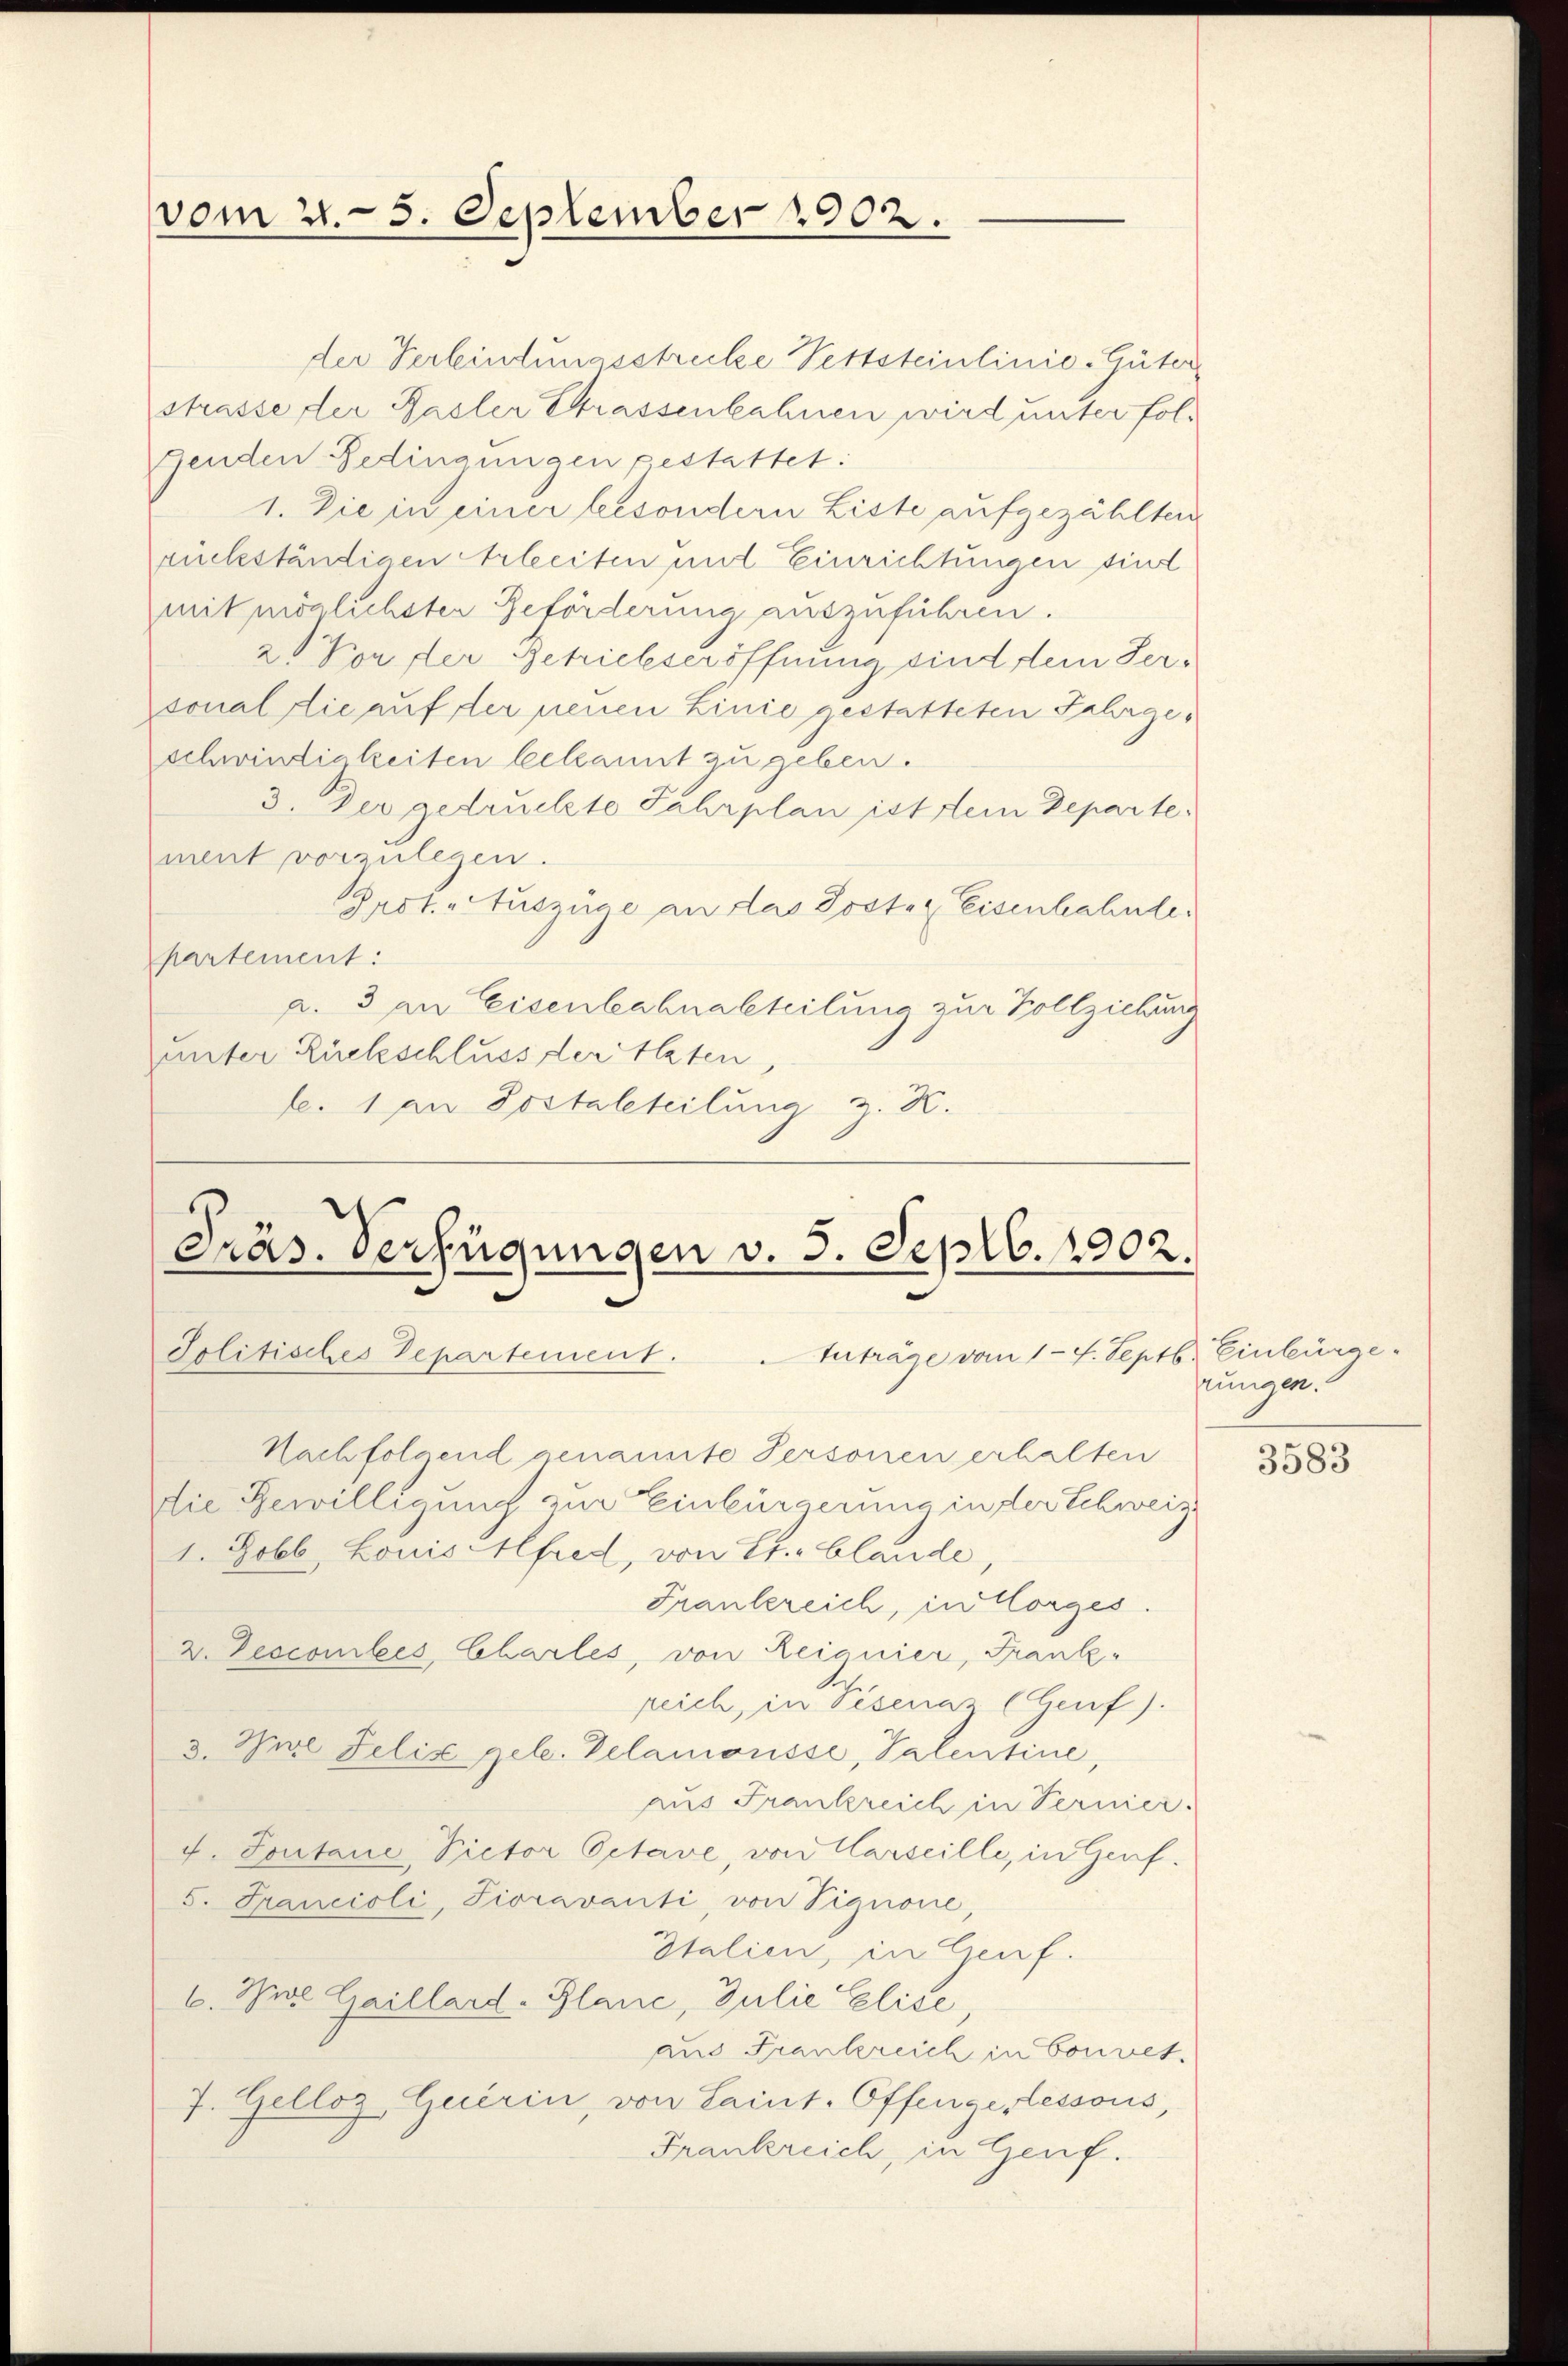
vom 2. 5. September 1902.

der Verbindungsstruke Pettsteinlinio-Güter
strasse der Basler Grassenbahnen wird unter folgenden Gedingungen gestattet:
1. Die in einer besondern Liste aufgezählten
rückständigen Arbeiten und Einrichtungen sind
mit möglichsten Beförderung auszuführen.
2) Von der Getrielseröffnung sind dem Sersonal die auf der neuen Linie gestatteten Fahrgeschwindigkeiten bekannt zu geben.
3. Der gedruckte Fahrplan ist dem Departement vorzulegen.
Prot. Auszüge an das Posten Eisenhahnte.
partement:
a. 3 an Eisenbahnabteilung zur Vollziehung
unter Rückschluss der Alten,
f. 1 an Postaleteilung z. K.

Präs. Verfügungen v. 3. Septb. 1902.
Solitisches Departement. Inträge vom 14. Septb. Einbürge

Nachfolgend genannte Personen erhalten
Die Bewilligung zur Einbürgerung in der Schweiz
1. Jobl. Louis fred, von Erblande,
Frankereich, in Horges.
2. Descomites Chartes, von Reignier, Frankpeich, in Pisenaz (Genf).
3. Marl Felix geb. Gelanonsse, Valentine,
aus Frankreich in Termier
f. Sontane Victor Octave, von Marseille, in Genf.
5. Francisli, Pioravanti, von Tignone,
Italien, in Genf.
6. Wie Gaillard. Plane, Julie Elise,
aus Frankreich in Convet.
7. Gelloz Guerin, von Laint. Offenge, lessous,
Frankreich, in Genf.

rungen.

3583